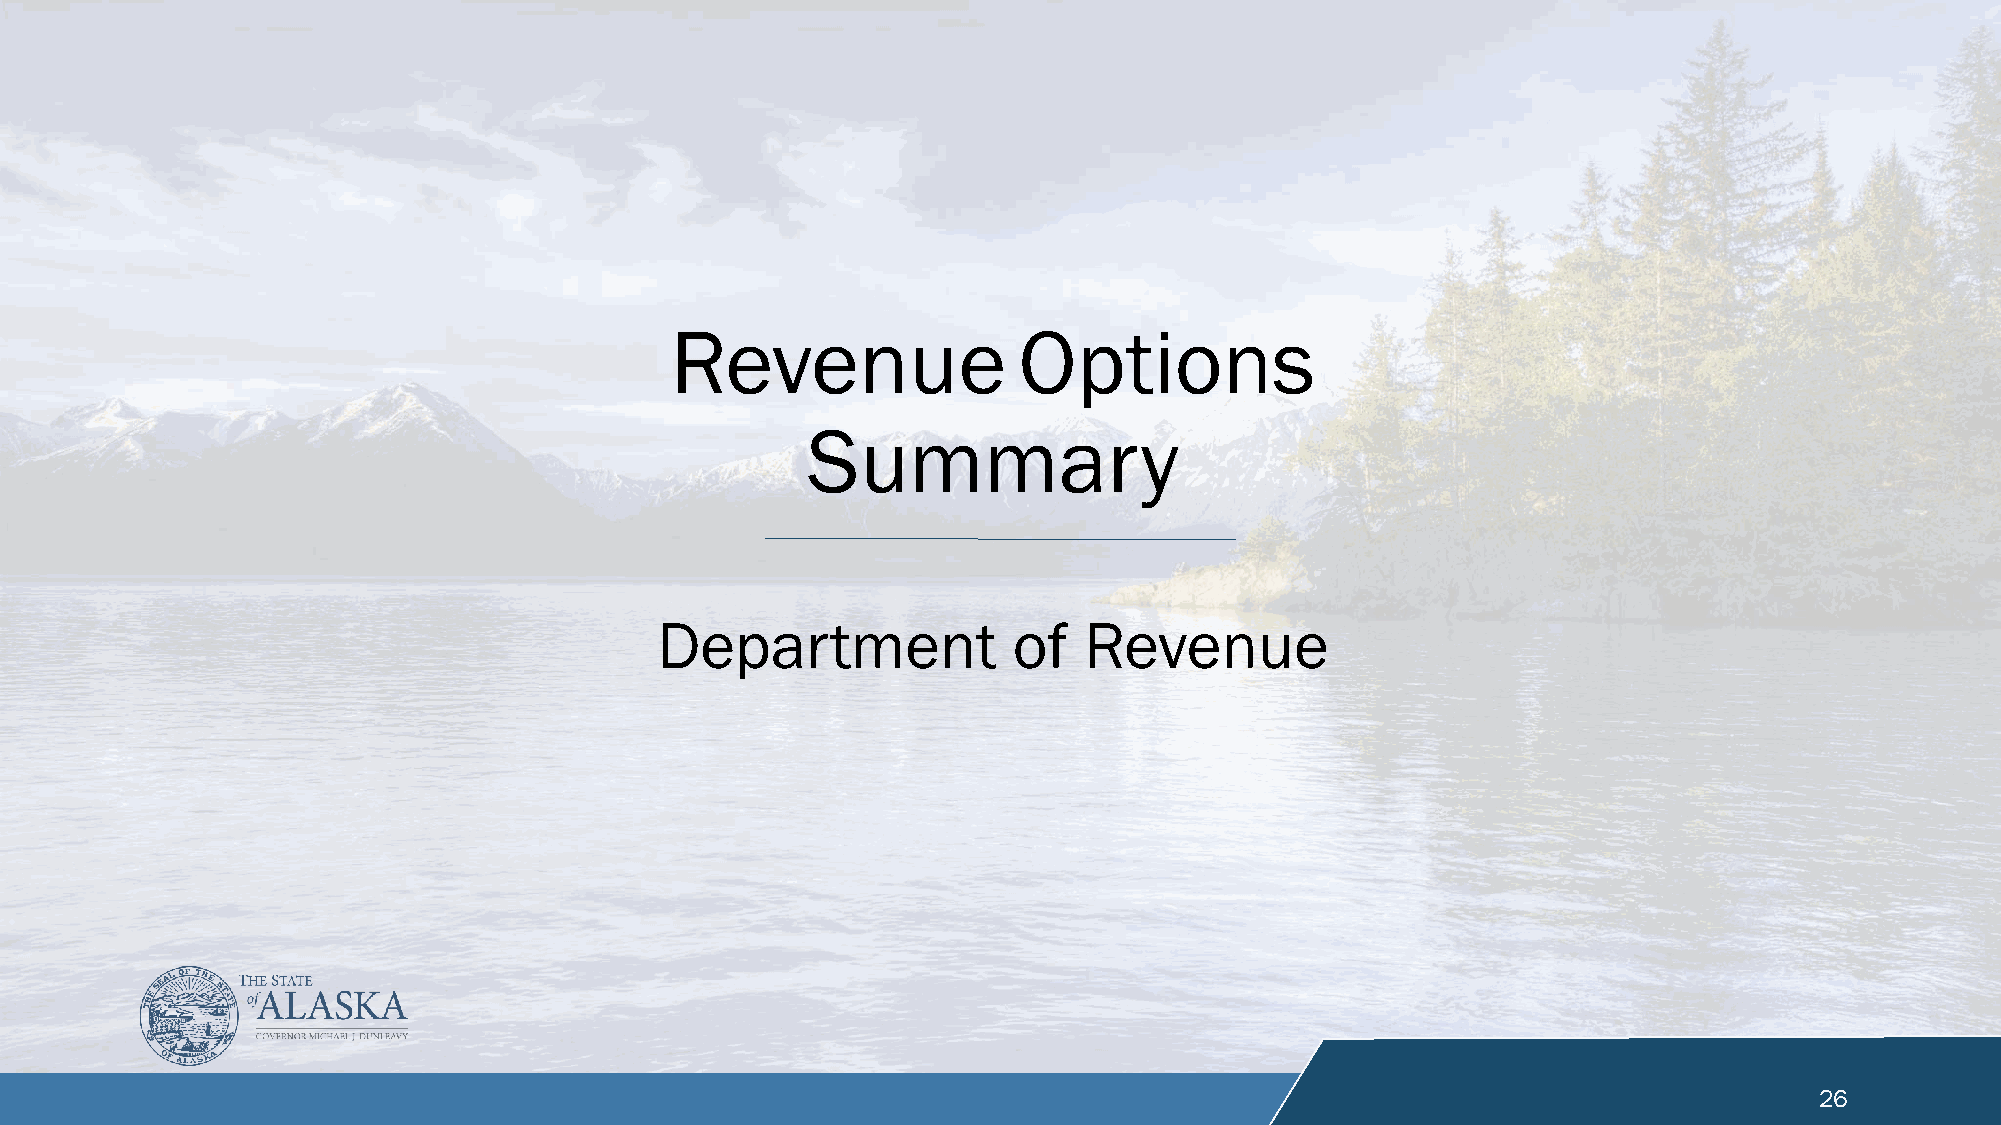
Revenue                Options
 Summary
 Department              of   Revenue
 26